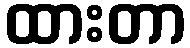
ထားတာ